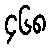
၄၆၈